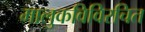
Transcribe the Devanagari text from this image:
मालुकविविरचित